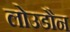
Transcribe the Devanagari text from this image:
लोउडौन